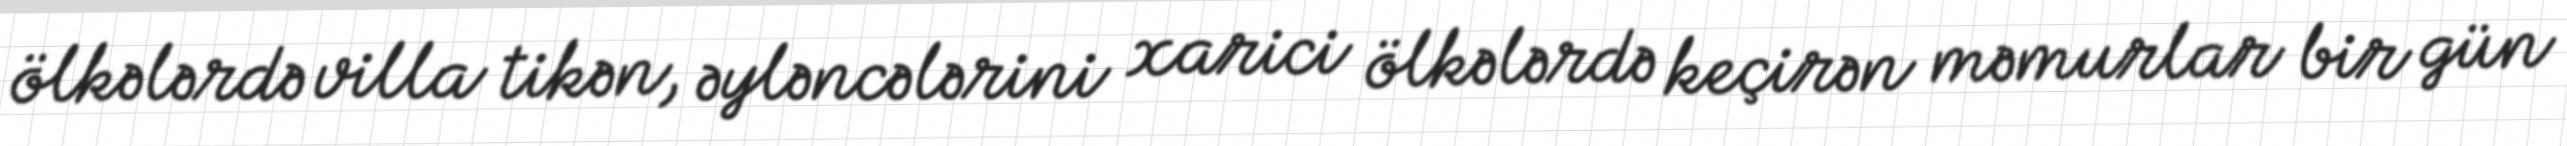
ölkələrdə villa tikən, əyləncələrini xarici ölkələrdə keçirən məmurlar bir gün